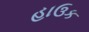
હાઉક